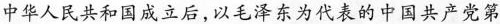
中华人民共和国成立后，以毛泽东为代表的中国共产党第